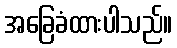
အခြေခံထားပါသည်။